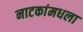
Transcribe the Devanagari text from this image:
नाटकांमधला